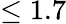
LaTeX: \leq 1.7